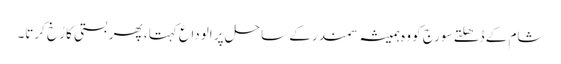
شام کے ڈھلتے سورج کو وہ ہمیشہ سمندر کے ساحل پر الوداع کہتا ، پھر بستی کا رُخ کرتا۔